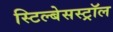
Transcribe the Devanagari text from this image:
स्टिल्बेसस्ट्रॉल